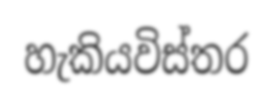
හැකියවිස්තර